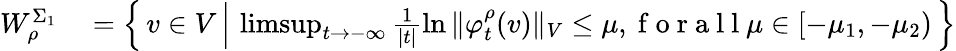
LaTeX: \begin{array}{rl}{W_{\rho}^{\Sigma_{1}}}&{{}=\left\{ \, v\in V\, \Big\vert\, \operatorname*{limsup}_{t\to-\infty}\frac{1}{|t|}\ln{\Vert\varphi_{t}^{\rho}(v)\Vert_{V}}\leq\mu,\mathrm{~f~o~r~a~l~l~}\mu\in[-\mu_{1},-\mu_{2})\, \right\} }\end{array}